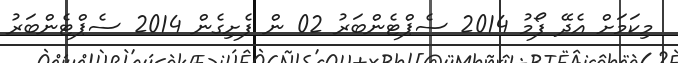
މިކަމަށް އެދޭ ފޯމު 2014 ސެޕްޓެންބަރު 02 ން ފެށިގެން 2014 ސެޕްޓެންބަރު